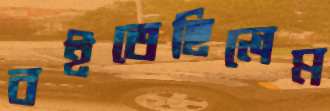
বইতেছিলেম